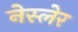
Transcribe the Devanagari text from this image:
नेस्लेर